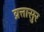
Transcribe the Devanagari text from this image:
व्रत्तासुर